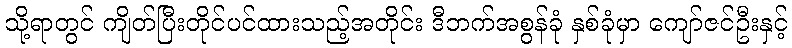
သို့ရာတွင် ကျိတ်ပြီးတိုင်ပင်ထားသည့်အတိုင်း ဒီဘက်အစွန်ခုံ နှစ်ခုံမှာ ကျော်ဇင်ဦးနှင့်